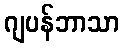
ဂျပန်ဘာသာ